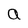
Character: a